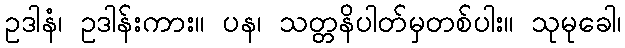
ဥဒါနံ၊ ဥဒါန်းကား။ ပန၊ သတ္တနိပါတ်မှတစ်ပါး။ သုမုခေါ၊